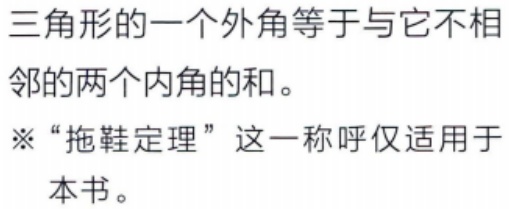
三角形的一个外角等于与它不相邻的两个内角的和。
※ “拖鞋定理”这一称呼仅适用于本书。